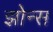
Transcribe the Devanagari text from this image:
झोन्स